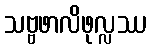
သဗ္ဗဖာလိဖုလ္လဿ